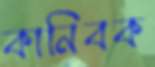
কানিবক